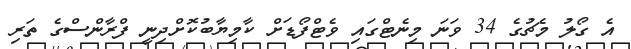
އެ ގޯލު މެޗުގެ 34 ވަނަ މިނެޓްގައި ވެޓްފޯޑަށް ކާމިޔާބުކޮށްދިނީ ފްރާންސްގެ ތަރި